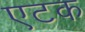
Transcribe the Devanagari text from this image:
एटक